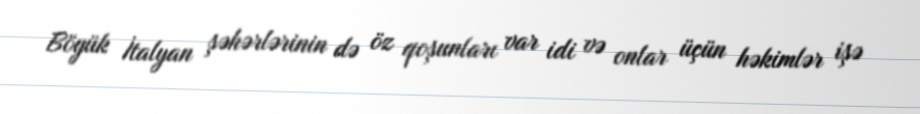
Böyük İtalyan şəhərlərinin də öz qoşunları var idi və onlar üçün həkimlər işə